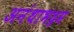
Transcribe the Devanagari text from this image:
अनंथाभद्रम